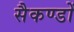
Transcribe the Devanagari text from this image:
सैकण्‍डों